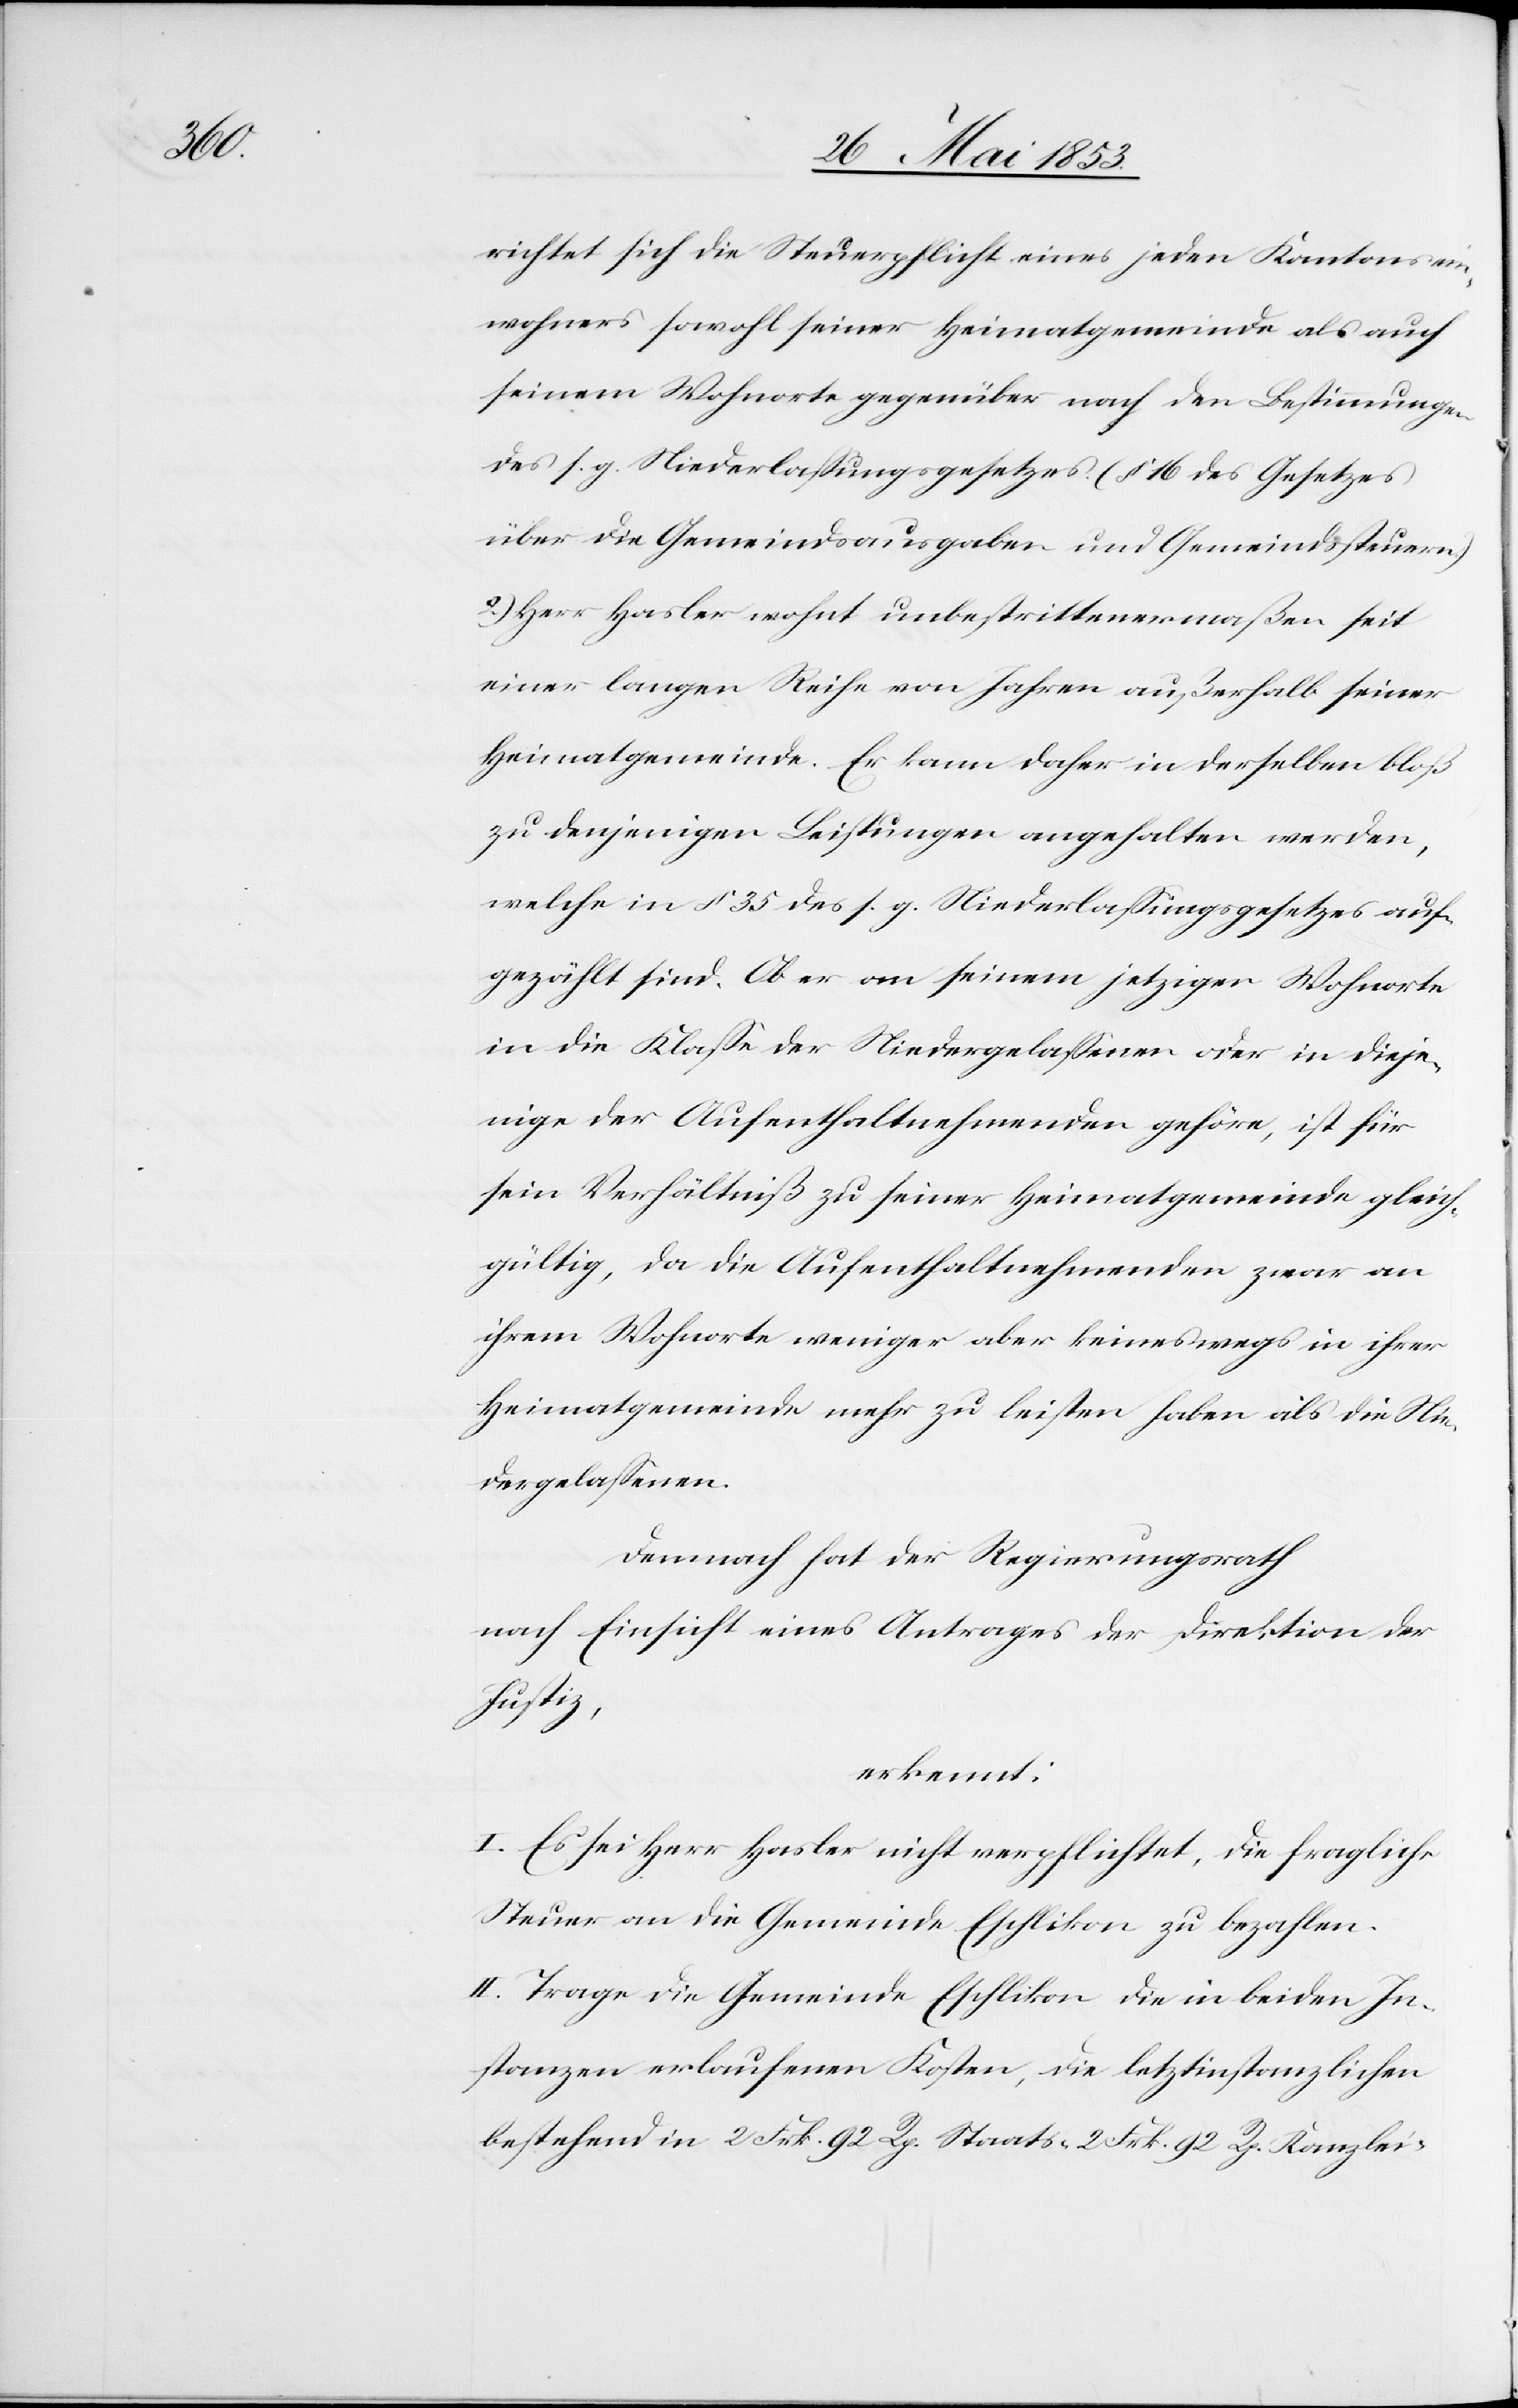
richtet sich die Steuerpflicht eines jeden Kantonsein¬
wohners sowohl seiner Heimatgemeinde als auch
seinem Wohnorte gegenüber nach den Bestimmungen
des s. g. Niederlaßungsgesetzes (§ 16 des Gesetzes
über die Gemeindsausgaben und Gemeindssteuern)
2.) Herr Hasler wohnt unbestrittenermaßen seit
einer langen Reihe von Jahren außerhalb seiner
Heimatgemeinde. Er kann daher in derselben bloß
zu denjenigen Leistungen angehalten werden,
welche in § 35 des s. g. Niederlaßungesetzes auf¬
gezählt sind. Ob er an seinem jetzigen Wohnorte
in die Klaße der Niedergelaßenen oder in dieje¬
nige der Aufenthaltsnehmenden gehöre, ist für
sein Verhältniß zu seiner Heimatgemeinde gleich¬
gültig, da die Aufenthaltsnehmenden zwar an
ihrem Wohnorte weniger aber keineswegs in ihrer
Heimatgemeinde mehr zu leisten haben als die Nie¬
dergelaßenen.
Demnach hat der Regierungsrath
nach Einsicht eines Antrages der Direktion der
Justiz,
erkennt:
I. Es sei Herr Hasler nicht verpflichtet, die fragliche
Steuer an die Gemeinde Eschlikon zu bezahlen.
II. Trage die Gemeinde Eschlikon die in beiden In¬
stanzen erlaufenenen Kosten, die letztinstanzlichen
bestehenden in 2 Frk. 92. Rp. Staats- 2 Frk. 92 Rp. Kanzlei-